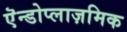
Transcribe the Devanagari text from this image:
एॆन्डोप्लाज़मिक